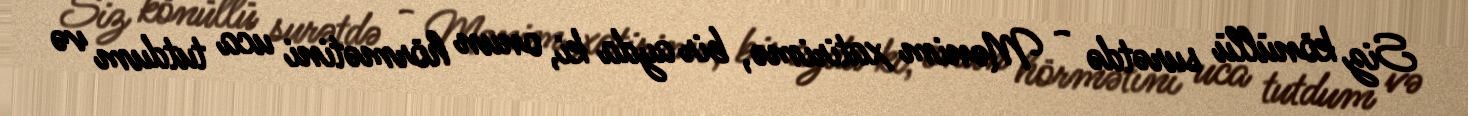
Siz könüllü surətdə - Mənim xatirimə, bir ayda ki, onun hörmətini uca tutdum və